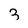
Character: 3